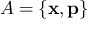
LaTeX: A = \{ \mathbf { x } , \mathbf { p } \}